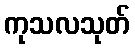
ကုသလသုတ်